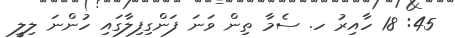
45: 18 ހާއިރު ހ. ސެމާ ތިން ވަނަ ފަންގިފިލާގައި ހުންނަ ލިލީ